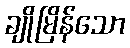
ချိုမြိန်သော